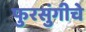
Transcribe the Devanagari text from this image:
फुरसुंगीचे